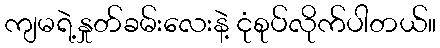
ကျမရဲ့နှုတ်ခမ်းလေးနဲ့ ငုံစုပ်လိုက်ပါတယ်။